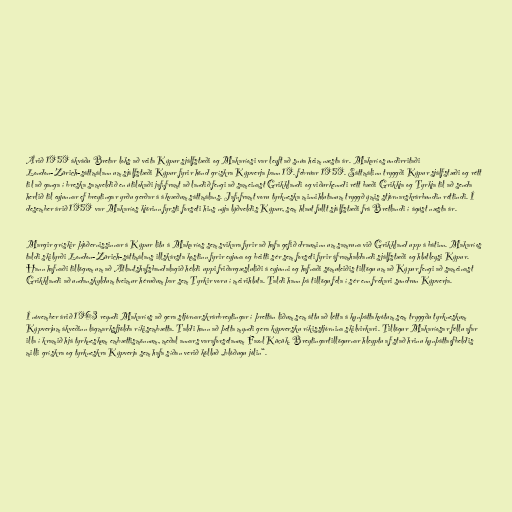
Árið 1959 ákváðu Bretar loks að veita Kýpur sjálfstæði og Makaríosi var leyft að snúa heim næsta ár. Makaríos undirritaði
London-Zürich-sáttmálann um sjálfstæði Kýpur fyrir hönd grískra Kýpverja þann 19. febrúar 1959. Sáttmálinn tryggði Kýpur sjálfstæði og rétt
til að ganga í breska samveldið en útilokaði jafnframt að landið fengi að sameinast Grikklandi og viðurkenndi rétt bæði Grikkja og Tyrkja til að senda
herlið til eyjunnar ef breytingar yrðu gerðar á ákvæðum sáttmálans. Jafnframt voru tyrkneska minnihlutanum tryggð ýmis stjórnarskrárbundin réttindi. Í
desember árið 1959 var Makaríos kjörinn fyrsti forseti hins nýja lýðveldis Kýpur, sem hlaut fullt sjálfstæði frá Bretlandi í ágúst næsta ár.

Margir grískir þjóðernissinnar á Kýpur litu á Makaríos sem svikara fyrir að hafa gefið drauminn um samruna við Grikkland upp á bátinn. Makaríos
taldi skilyrði London-Zürich-sáttmálans illskársta kostinn fyrir eyjuna og beitti sér sem forseti fyrir áframhaldandi sjálfstæði og hlutleysi Kýpur.
Hann hafnaði tillögum um að Atlantshafsbandalagið héldi uppi friðargæsluliði á eyjunni og hafnaði sömuleiðis tillögu um að Kýpur fengi að sameinast
Grikklandi að undanskyldum tveimur héruðum þar sem Tyrkir voru í meirihluta. Taldi hann þá tillögu fela í sér enn frekari sundrun Kýpverja.

Í nóvember árið 1963 reyndi Makaríos að gera stjórnarskrárbreytingar í þrettán liðum sem áttu að létta á kynþáttakvótum sem tryggðu tyrkneskum
Kýpverjum ákveðinn lágmarksfjölda ríkisembætta. Taldi hann að þetta myndi gera kýpversku ríkisstjórnina skilvirkari. Tillögur Makaríosar féllu afar
illa í kramið hjá tyrkneskum embættismönnum, meðal annars varaforsetanum Fazıl Küçük. Breytingartillögurnar hleyptu af stað hrinu kynþáttaofbeldis
milli grískra og tyrkneskra Kýpverja sem hafa síðan verið kölluð „blóðugu jólin“.